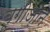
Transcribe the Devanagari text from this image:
बूगीज़ोन